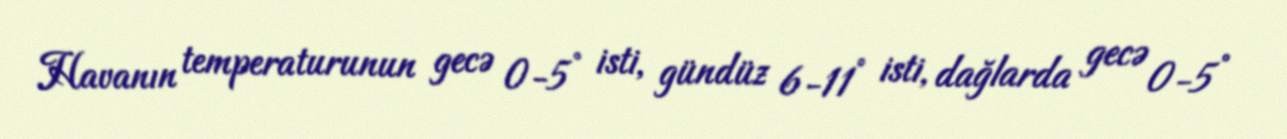
Havanın temperaturunun gecə 0-5° isti, gündüz 6-11° isti, dağlarda gecə 0-5°